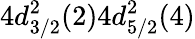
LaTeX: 4d_{3/2}^{2}(2)4d_{5/2}^{2}(4)